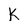
Character: K